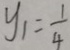
y _ { 1 } = \frac { 1 } { 4 }